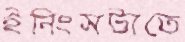
ইনিংসটাতে